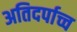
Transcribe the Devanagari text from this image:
अतिदर्पाच्च